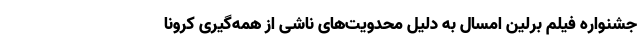
جشنواره فیلم برلین امسال به دلیل محدویت‌های ناشی از همه‌گیری کرونا